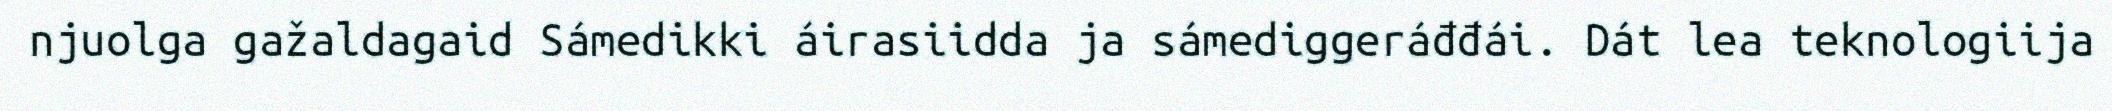
njuolga gažaldagaid Sámedikki áirasiidda ja sámediggeráđđái. Dát lea teknologiija